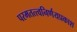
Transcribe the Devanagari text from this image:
परमतत्त्वनिर्णयप्रकाश